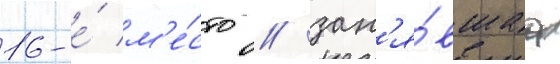
16-е́ м'е́сто / зан'я́вшаа